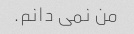
من نمی دانم.